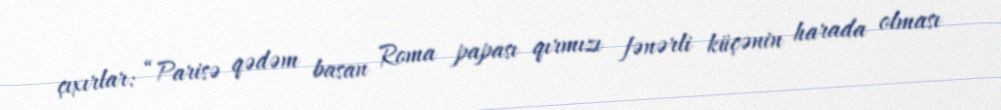
çıxırlar: “Parisə qədəm basan Roma papası qırmızı fənərli küçənin harada olması